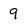
Character: 9